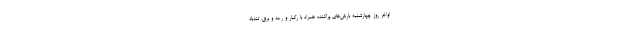
اواخر روز چهارشنبه بارش‌های پراکنده همراه با رگبار و رعد و برق، تندباد